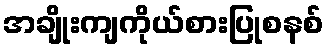
အချိုးကျကိုယ်စားပြုစနစ်